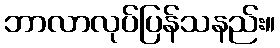
ဘာလာလုပ်ပြန်သနည်း။